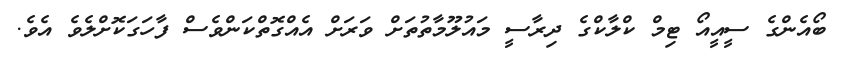
ބޯއެންގެ ސީއީއޯ ޓިމް ކްލާކްގެ ދިރާސީ މައުލޫމާތުތަށް ވަރަށް އެއްގޮތްކަންވެސް ފާހަގަކޮށްލެވެ އެވެ.